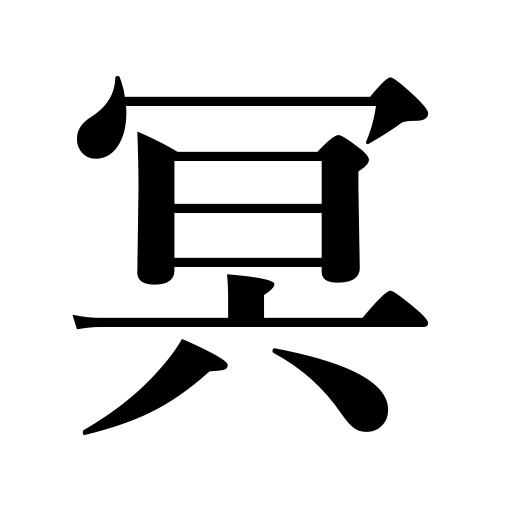
Meanings: dark